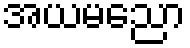
အယမညော